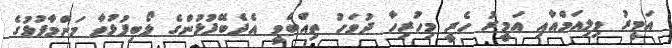
އަމީރު ވިލިއަމްއާއި އަމީރު ހެރީ މިހުރިހާ ދުވަހު ތިއްބެވީ އެދެބޭފުޅުންގެ ލޯބިފުޅުވާ މަންމާފުޅުގެ